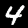
Digit: 4